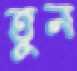
তুন